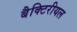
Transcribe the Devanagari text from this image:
बैक्टिरीयल